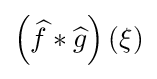
\left({\widehat {f}}*{\widehat {g}}\right)(\xi )